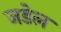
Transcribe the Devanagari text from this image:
जडेल